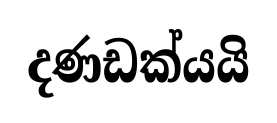
දණඩක්යයි